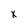
Character: X